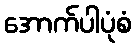
အောက်ပါပုံစံ